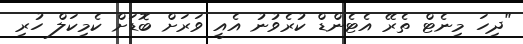
"ދިހަ މިނެޓް ތެރޭ އެޓެންޑް ކުރެވުނު އެއީ ވަރަށް ބޮޑަށް ކެމިކަލް ހުރި